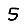
Digit: 5